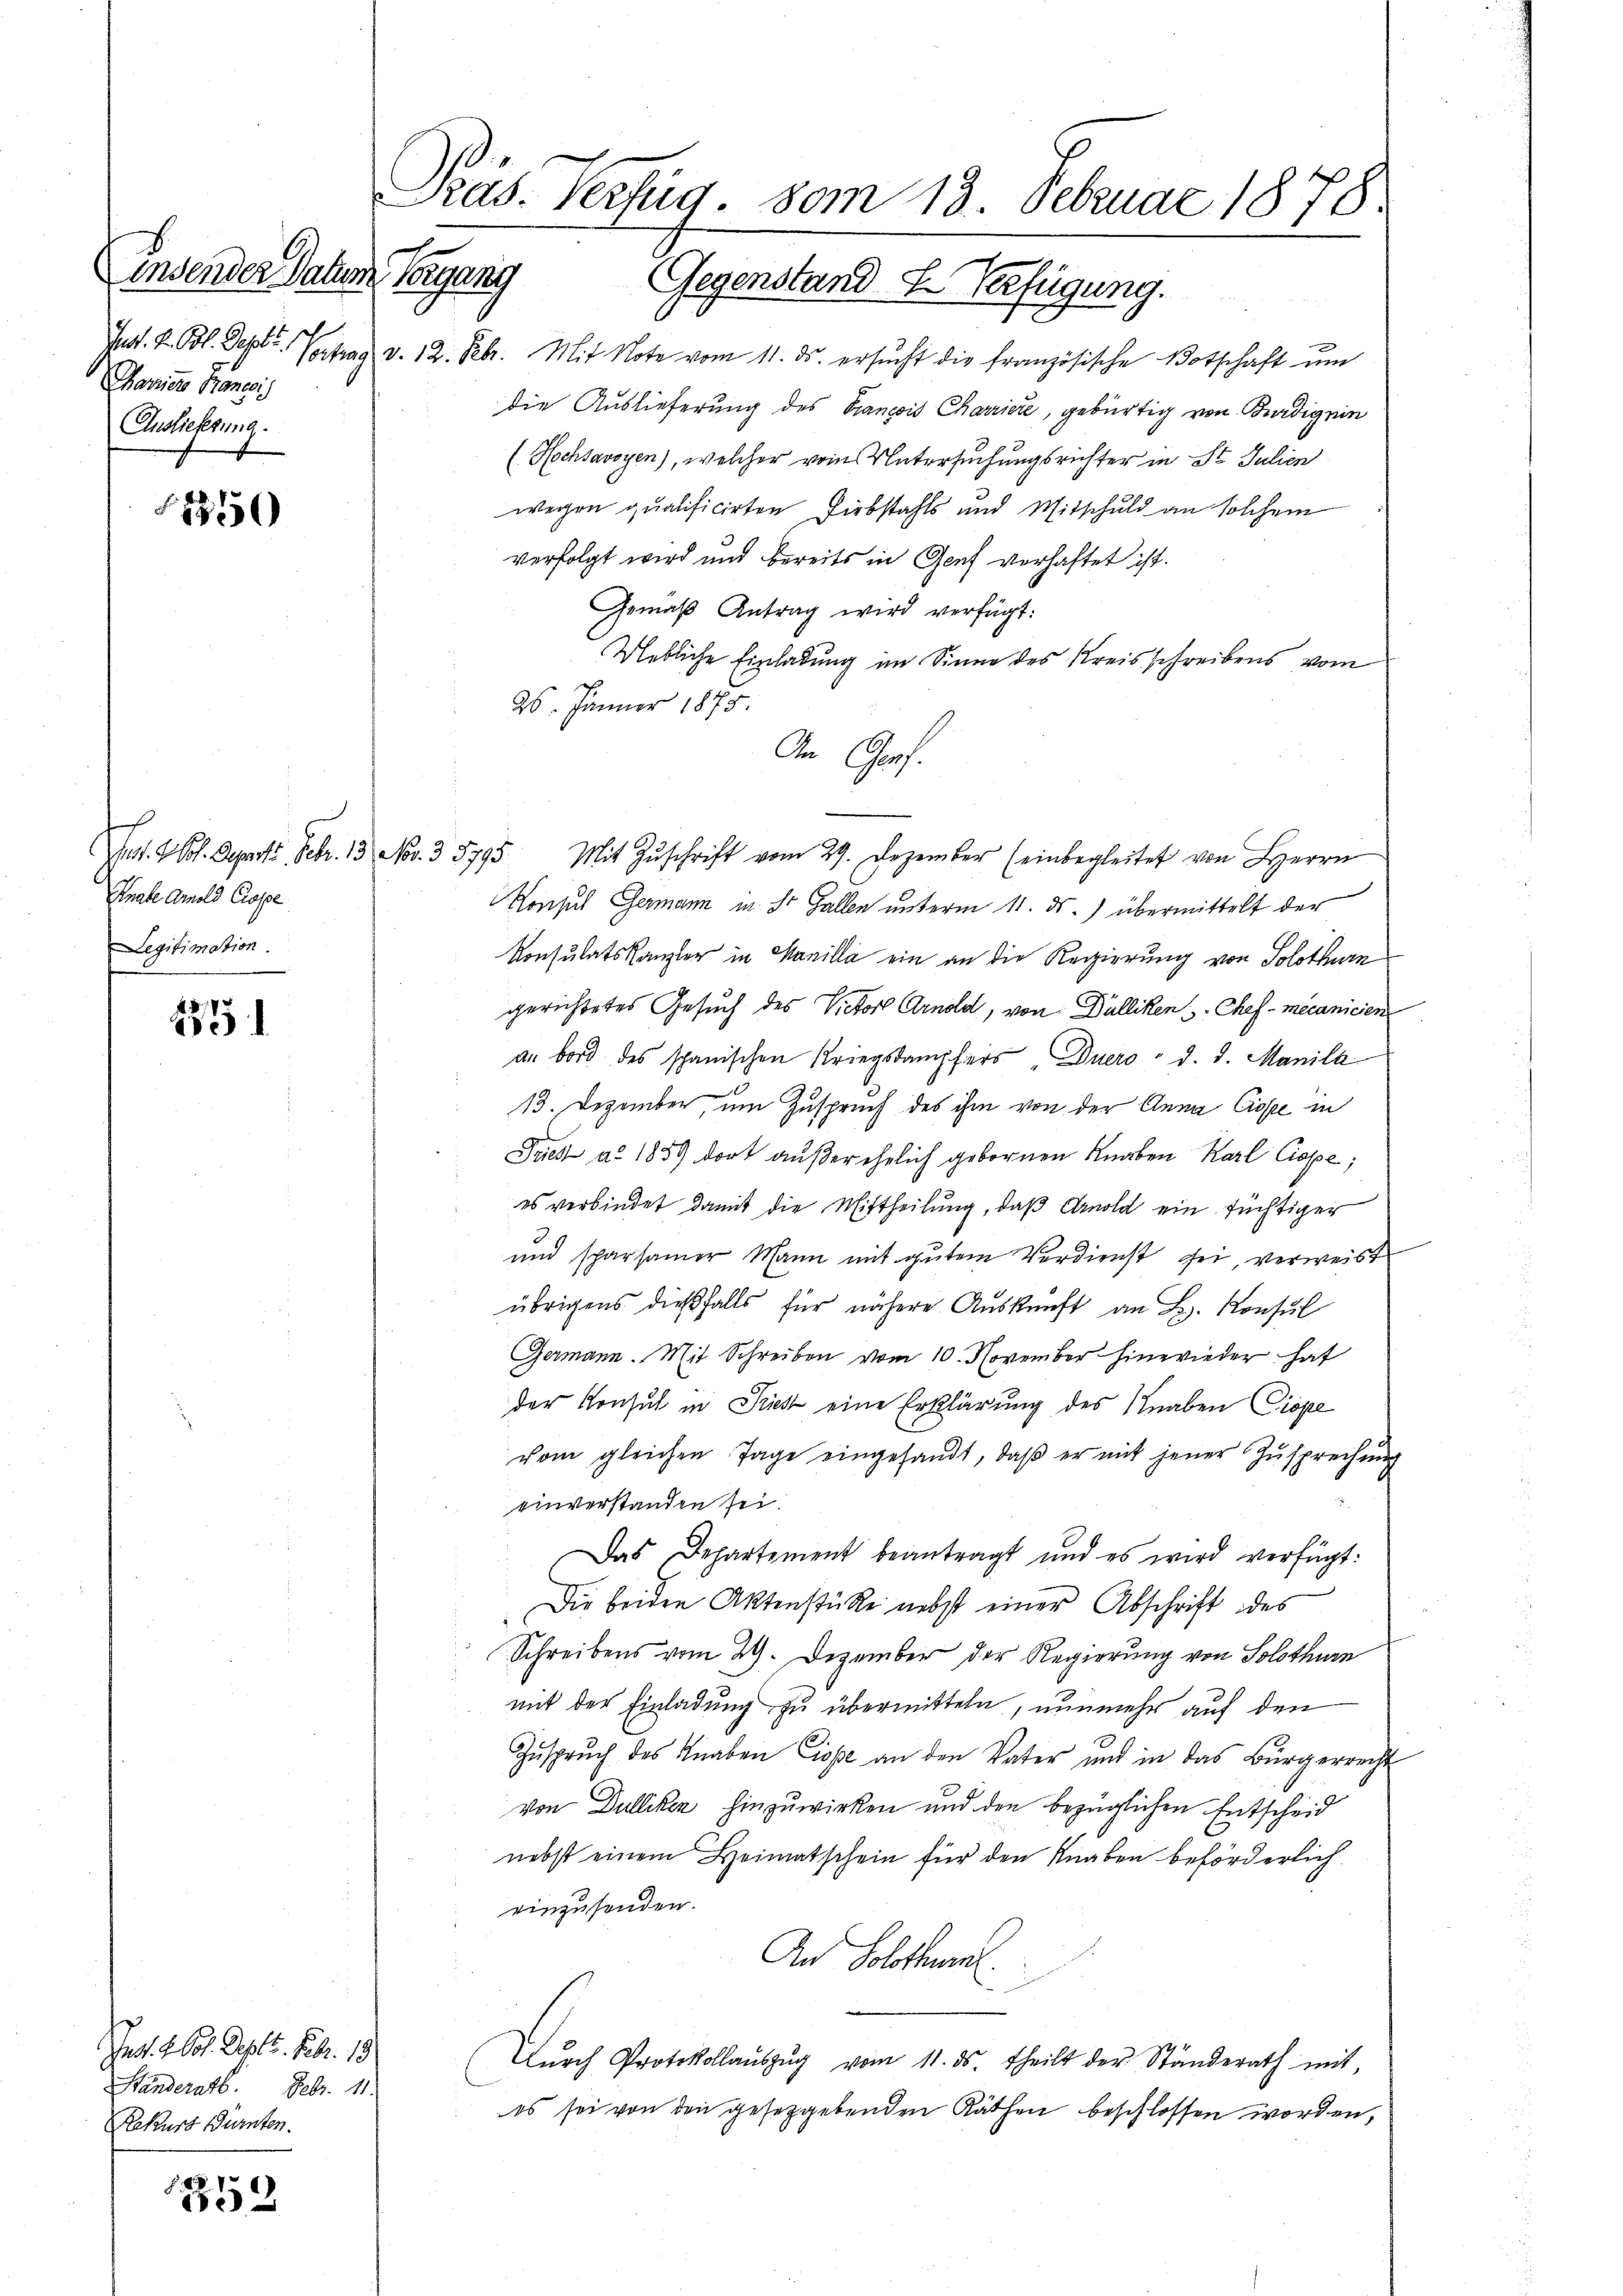
insender Datum
Jes. v. Bl. Septe,
Carriere Pranesis
Auslieferung.

1550)

Jos. Joh. Departi. Febr. 13 No. 3. 5795.
Knabe Arnold Crope
Legitimation.

28

Inst. Sol. Depots. Febr. 19
Standerath. Febr. 11.
Rekurs Dürnten.

)
18

Präs. Verfüg, vom 13. Februar 1878
Vorgang Gegenstand F. Verfügung.

Vortrag v. 12. Febr. Mit Note vom 11. ds. ersŭcht die französische Botschaft um
die Auslieferung des Sançois Charriere, gebürtig von Burdig ein
(Hochsavoyen), welcher vom Untersuchungsrichter in St. Julien
wegen qualificirten Diebstahls und Mitschuld an solchem
verfolgt wird und bereits in Genf verhaftet ist.
Gemäß Antrag wird verfügt:
Uebliche Einladung im Sinne des Kreisschreibens vom
26. Jänner 1875.
An Genf.
Mit Zŭschrift vom 29. Dezember (einbegleitet von Herrn
Konsul Germann in St. Gallen unterm 11. ds. übermittelt der
Konsulatskanzler in Manilla ein an die Regierung von Solothurn
gerichtetes Gesuch des Victor Arnold, von Dälliken Chef-mecanicien
an bord des schanischen Kriegsdampfers Duero d. d. Manila
13. Dezember, um Zuspruch des ihm von der Anna Ciose in
Predt a. 1859 dort außerehelich gebornen Knaben Karl Ciope;
es verbindet damit die Mittheilung, daß Arnold ein tüchtiger
3
und sparsamer Mann mit gutem Verdienst sei, verweist
übrigens dießfalls für nähere Auskunft an B. Konsul
Germann. Mit Schreiben vom 10. November hinwieder hat
der Konsul in Sies eine Erklärung des Knaben Prope
vom gleichen Tage eingesandt, daβ er mit jener Zusprechung
einverstanden sei.
Das Departement beantragt und es wird verfügt:
Die beiden Aktenstücke nebst einer Abschrift des
Schreibens vom 29. Dezember der Regierung von Solothurn
mit der Einladung zu übermitteln, nunmehr auf den
Zuspruch des Knaben Cope an den Vater und in das Bürgerrecht
von Dulliken hinzuwirken und den bezüglichen Entscheid
nebst einem Heimatschein für den Knaben beförderlich
einzusenden.
An Solothurn.
Dŭrch Protokollaŭszŭg vom 11. ds. theilt der Ständerath mit,
es sei von den gesetzgebenden Räthen beschlossen worden,